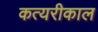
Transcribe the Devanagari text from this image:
कत्यरीकाल